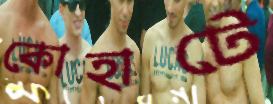
কোহাটে